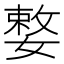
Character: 𡠼